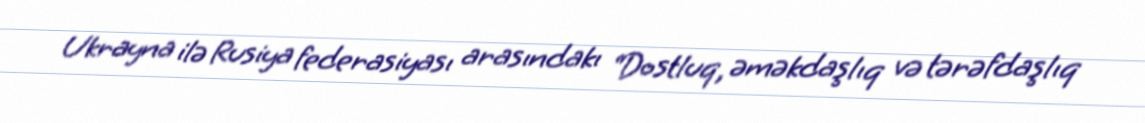
Ukrayna ilə Rusiya federasiyası arasındakı “Dostluq, əməkdaşlıq və tərəfdaşlıq